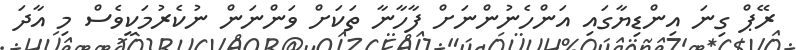
ރޭޕް ގިނަ އިންޑިޔާގައި އަންހެނުންނަށް ފާހާނާ ތަކަށް ވަންނަން ނުކެރުމަކީވެސް މި އާދަ